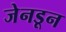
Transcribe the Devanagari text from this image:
जेनडून